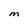
Character: M